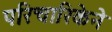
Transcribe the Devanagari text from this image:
परिचारिकेने